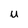
Character: u